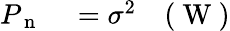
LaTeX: \begin{array}{rlr}{P_{\mathrm{~n~}}}&{{}=\sigma^{2}}&{(\mathrm{~W~})}\end{array}